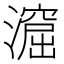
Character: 㵠